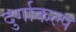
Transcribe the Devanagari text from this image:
दुर्गाकल्प